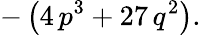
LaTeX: -\left(4\, p^{3}+27\, q^{2}\right).